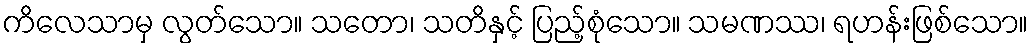
ကိလေသာမှ လွတ်သော။ သတော၊ သတိနှင့် ပြည့်စုံသော။ သမဏဿ၊ ရဟန်းဖြစ်သော။